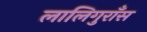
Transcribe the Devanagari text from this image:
लालिगुराँस